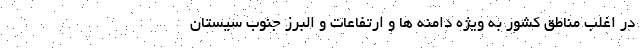
در اغلب مناطق کشور به ویژه دامنه ها و ارتفاعات و البرز جنوب سیستان